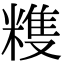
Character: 𥻬